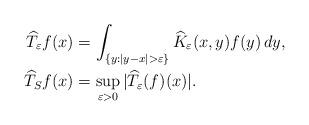
LaTeX: \begin{align*}\widehat{T}_{\varepsilon}f(x)&=\int_{\{y: |y-x|>\varepsilon\}}\widehat{K}_{\varepsilon}(x,y)f(y)\,dy,\\\widehat{T}_Sf(x)& =\sup_{\varepsilon >0}|\widehat{T}_{\varepsilon}(f)(x)|.\end{align*}